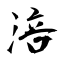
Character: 涪